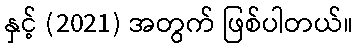
နှင့် (2021) အတွက် ဖြစ်ပါတယ်။